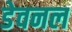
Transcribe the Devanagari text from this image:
डेवनल